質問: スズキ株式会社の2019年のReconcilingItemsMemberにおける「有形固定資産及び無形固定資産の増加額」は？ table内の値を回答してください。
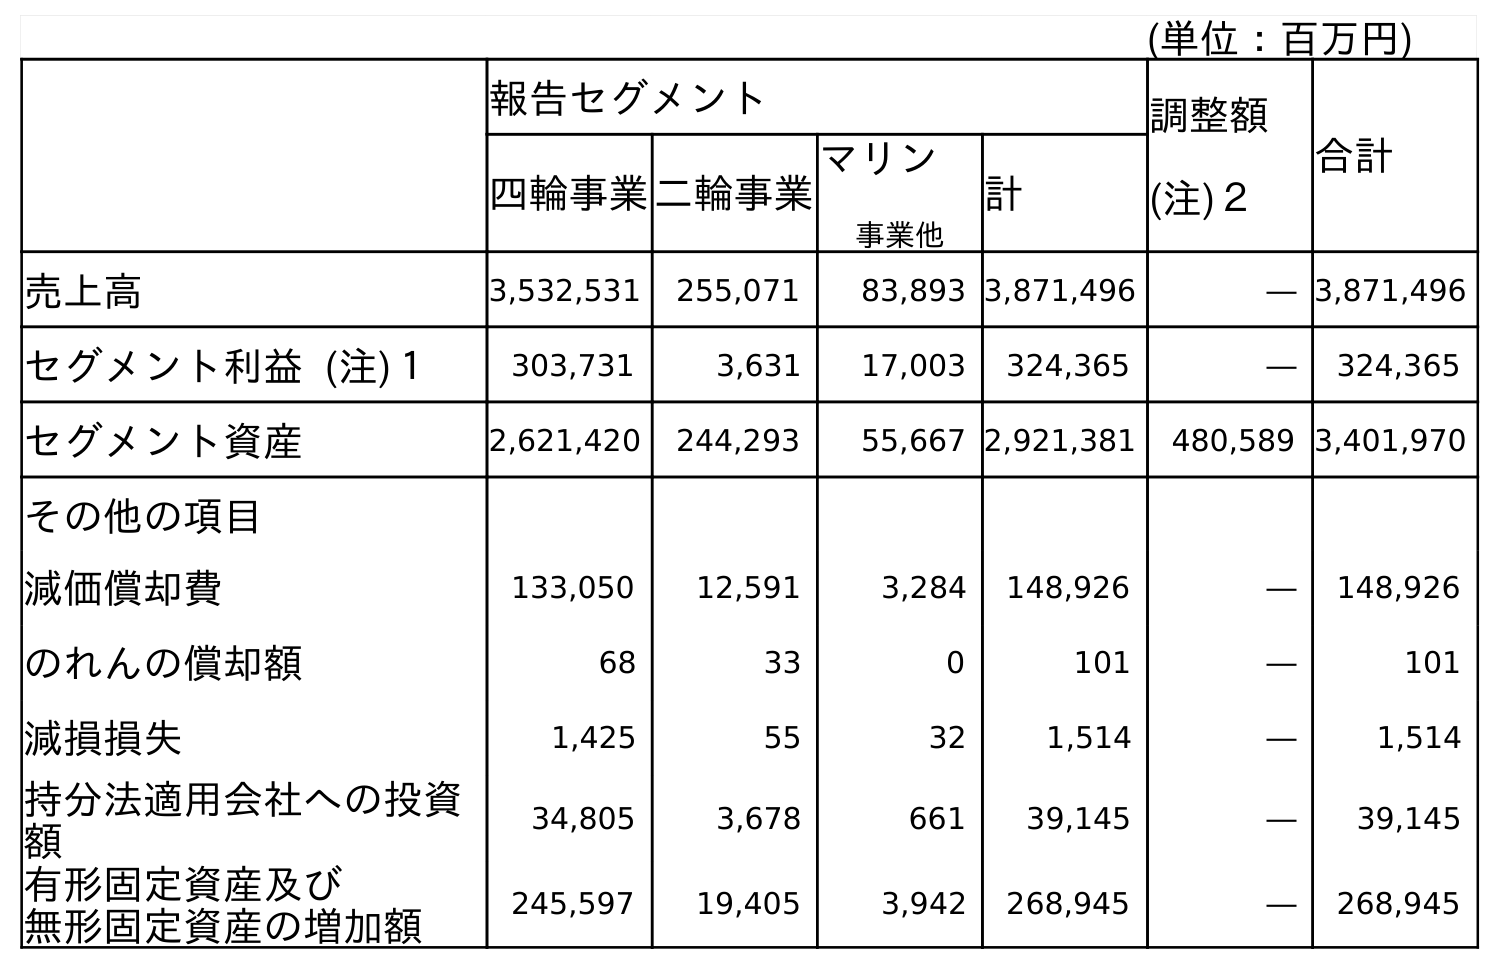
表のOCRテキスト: (単位：百万円) 報告セグメント 調整額 (注)２ 合計 四輪事業二輪事業 マリン 事業他 計 売上高 3,532,531 255,071 83,893 3,871,496 ― 3,871,496 セグメント利益 (注)１ 303,731 3,631 17,003 324,365 ― 324,365 セグメント資産 2,621,420 244,293 55,667 2,921,381 480,589 3,401,970 その他の項目 減価償却費 133,050 12,591 3,284 148,926 ― 148,926 のれんの償却額 68 33 0 101 ― 101 減損損失 1,425 55 32 1,514 ― 1,514 持分法適用会社への投資 額 34,805 3,678 661 39,145 ― 39,145 有形固定資産及び 無形固定資産の増加額 245,597 19,405 3,942 268,945 ― 268,945
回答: ―